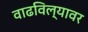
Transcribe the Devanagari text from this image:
वाढविल्यावर